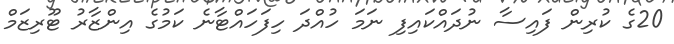
20ގެ ކުރިން ފައިސާ ނުދައްކައިފި ނަމަ ހުއްދަ ހިފަހައްޓާނެ ކަމުގެ އިންޒާރު ޓޫރިޒަމް